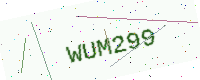
Text: WUM299